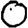
Digit: 0